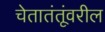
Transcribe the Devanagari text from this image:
चेतातंतूंवरील